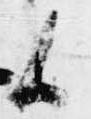
候